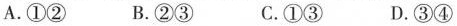
A. ①② B. ②③ C. ①③ D. ③④